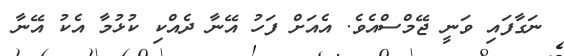
ނަގާފައި ވަނީ ޖޭމްސްއެވެ. އެއަށް ފަހު އޭނާ ދެއްކި ކުޅުމާ އެކު އޭނާ